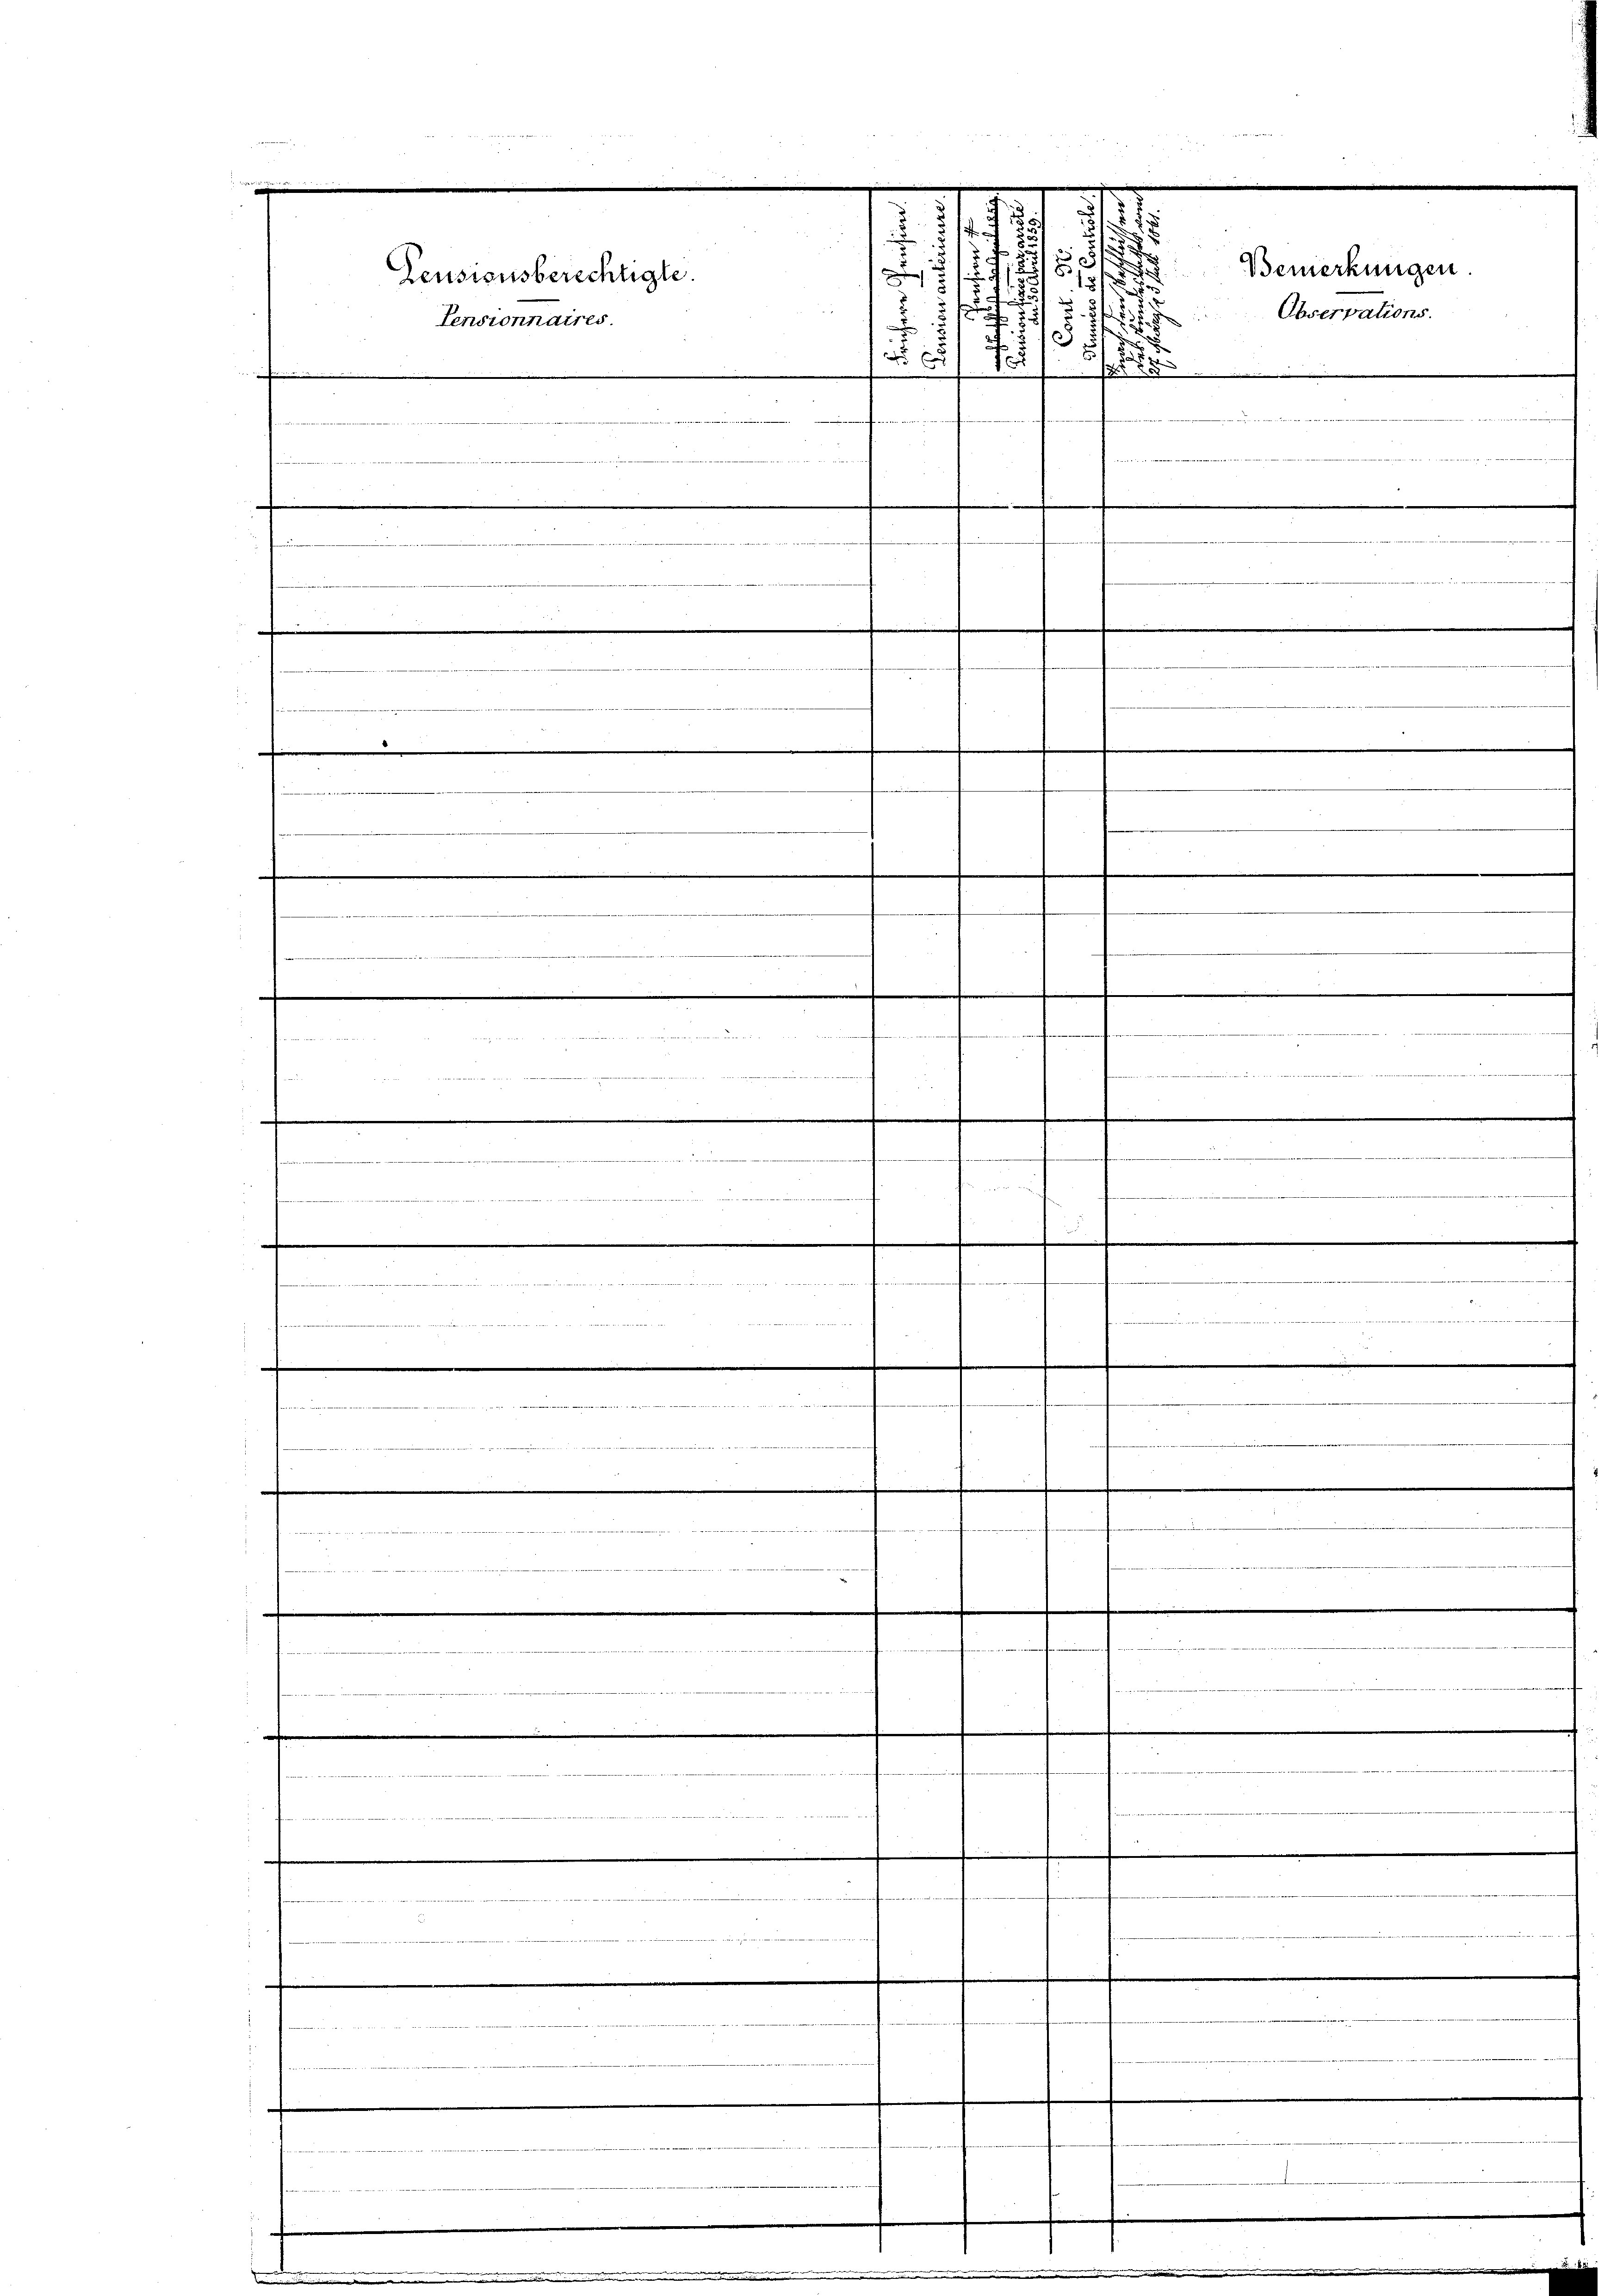
e
 eigen

Pensionsberechtigte.
Pensionnaires

.

n

M 189

.

u
.
t 2
it
.
Fi
7
n

.

228
 daher alle in der die der erlesen der Wassen werde der da deren

.
.
.
 veter eine werd
wredes andauer den andern der e
wagen

.

d
4 x

der in der anden werde ich

2
5

s
2
181

u.
 zu

.

.

Bemerkungen.
Observations.

e